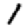
Digit: 1